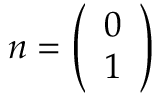
\boldsymbol { n } = \left( \begin{array} { l } { 0 } \\ { 1 } \end{array} \right)